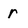
Character: r